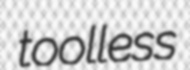
toolless